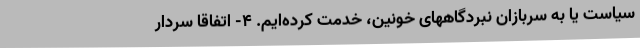
سیاست یا به سربازان نبردگاههای خونین، خدمت کرده‌ایم. ٤- اتفاقاً سردار